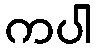
ကပါ